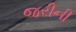
જરીની